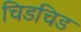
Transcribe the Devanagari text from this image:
चिडचिड